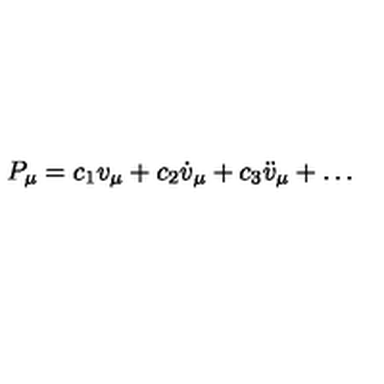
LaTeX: P _ { \mu } = c _ { 1 } v _ { \mu } + c _ { 2 } { \dot { v } } _ { \mu } + c _ { 3 } { \ddot { v } } _ { \mu } + \ldots